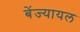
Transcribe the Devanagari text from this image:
बेंज्यायल